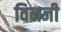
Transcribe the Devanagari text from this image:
विनजी